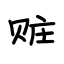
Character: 赃